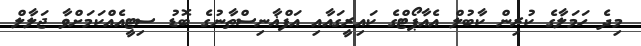
މިދެ ހަމަލާގެ ކުރިން ކާބުލް އެއާޕޯޓްގެ ކައިރީގައާއި އަފްޣާނިސްތާނުގެ ބޮޑު ސިޓީއެއްކަމަށްވާ ޖަލާލް